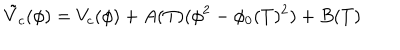
\tilde { V } _ { c } ( \phi ) = V _ { c } ( \phi ) + A ( T ) ( \phi ^ { 2 } - \phi _ { 0 } ( T ) ^ { 2 } ) + B ( T )